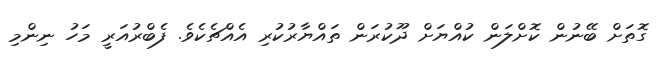
ގޮތަށް ބޭނުން ކޮށްލަން ކުއްޔަށް ދޫކުރަން ތައްޔާރުކުރި އެއްޗެކެވެ. ފެބްރުއަރީ މަހު ނިންމި